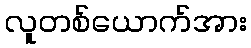
လူတစ်ယောက်အား